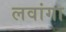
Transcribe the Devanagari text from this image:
लवांगा